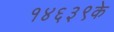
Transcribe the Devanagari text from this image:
१४६३९के